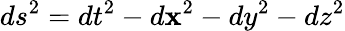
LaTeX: ds^{2}=dt^{2}-d\mathbf{x}^{2}-dy^{2}-dz^{2}